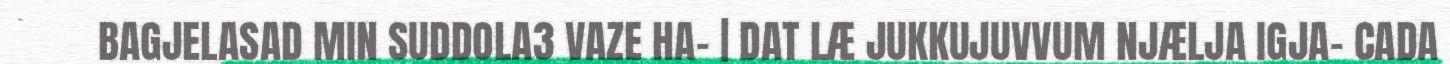
BAGJELASAD MIN SUDDOLA3 VAZE HA- | DAT LÆ JUKKUJUVVUM NJÆLJA IGJA- CADA